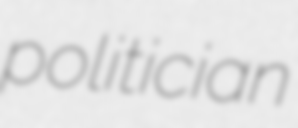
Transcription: politician